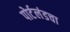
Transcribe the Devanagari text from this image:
पोर्टलंडचा